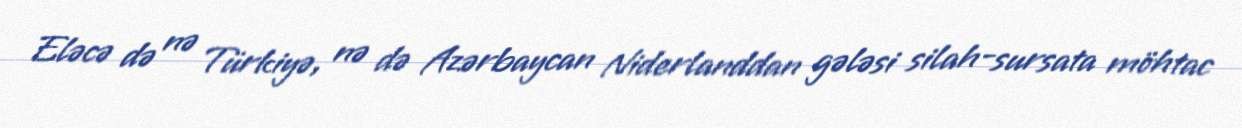
Eləcə də nə Türkiyə, nə də Azərbaycan Niderlanddan gələsi silah-sursata möhtac